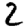
Digit: 2